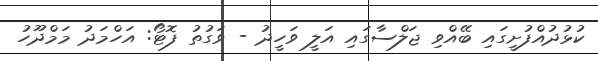
ކުޅުދުއްފުށީގައި ބޭއްވި ޖަލްސާގައި އަލީ ވަހީދު - ވަގުތު ފޮޓޯ: އަހްމަދު މަމްދޫހު